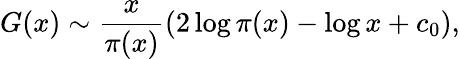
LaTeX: G(x)\sim{\frac{x}{\pi(x)}}(2\log\pi(x)-\log x+c_{0}),